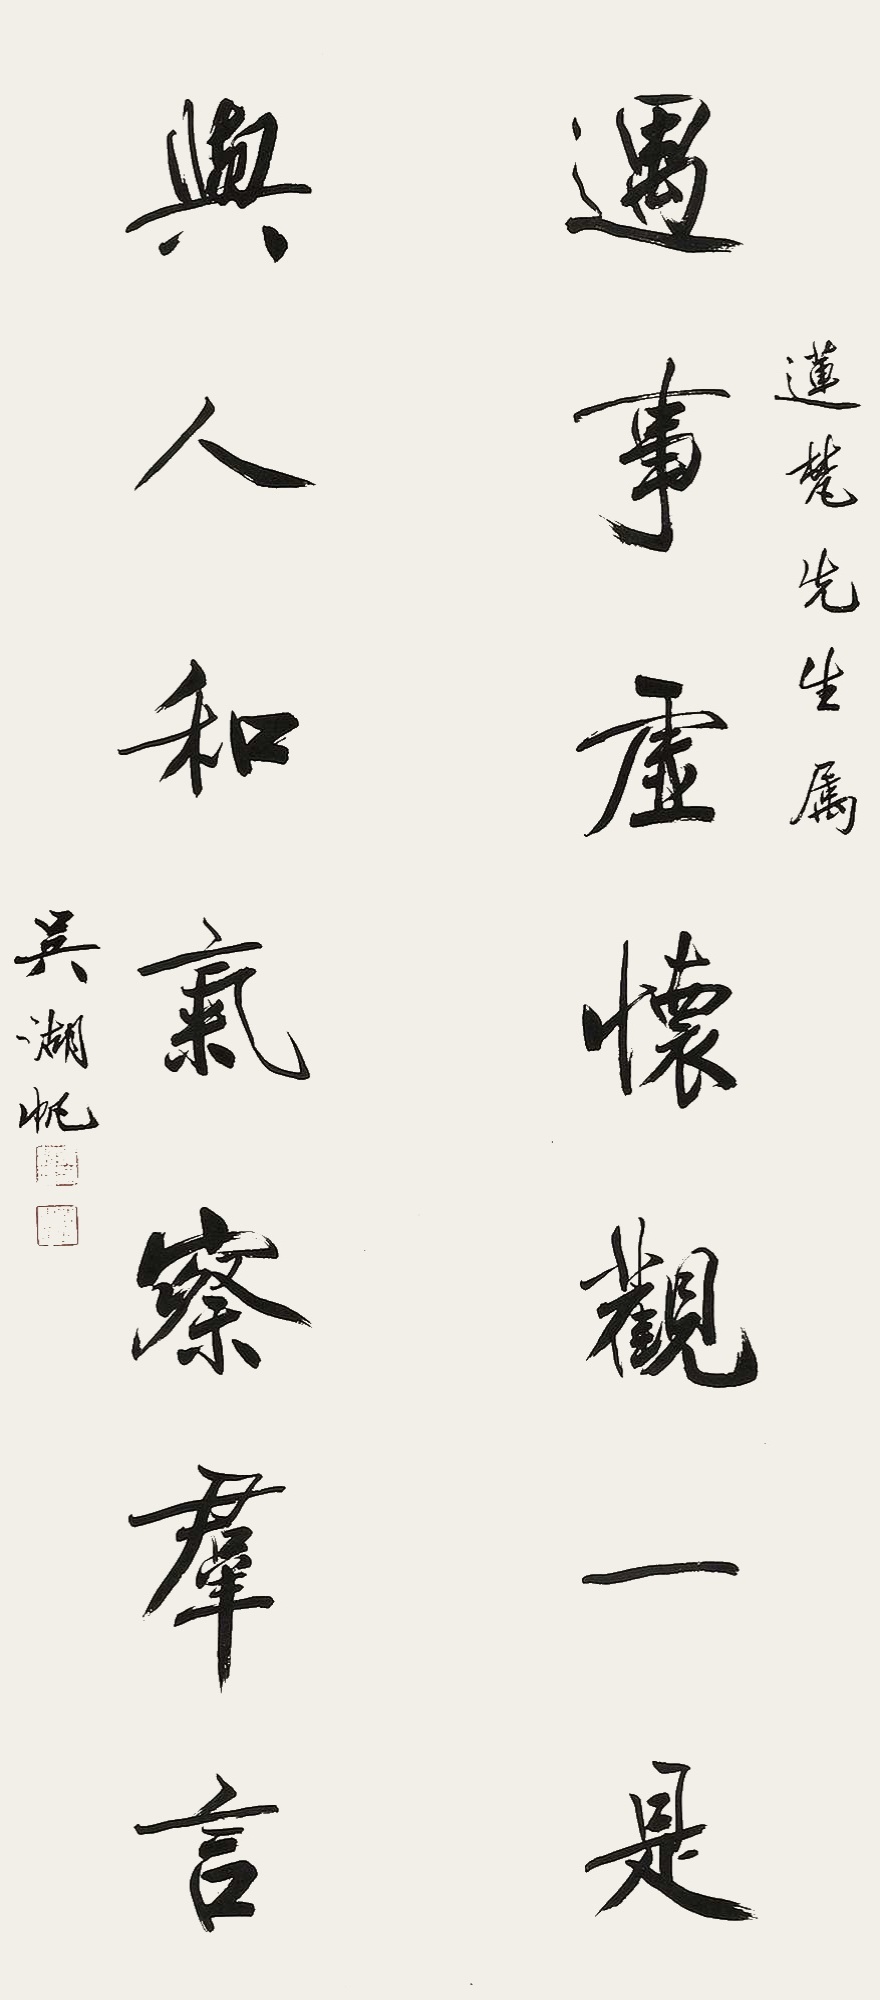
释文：遇事虚怀观一是，与人和气察群言。连梵先生属，吴湖帆。